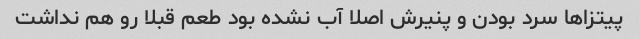
پیتزاها سرد بودن و پنیرش اصلا آب نشده بود طعم قبلا رو هم نداشت